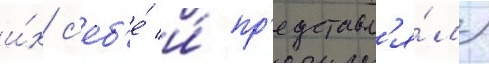
и́х с'еб'е́ и́ пр'едставл'я́л)